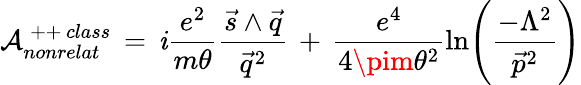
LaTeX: {\cal{A}}_{nonrelat}^{\, ++\, class}\, =\, \mathit{i}\frac{{e^{2}}}{{m\theta}}\frac{{\vec{{s}}\wedge\vec{{q}}}}{{\vec{{q}}^{2}}}\, +\, \frac{{e^{4}}}{{4\pim\theta^{2}}}\ln\Biggl(\frac{{-\Lambda^{2}}}{{\vec{{p}}^{2}}}\Biggr)